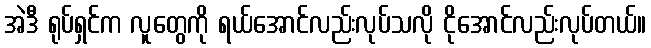
အဲဒီ ရုပ်ရှင်က လူတွေကို ရယ်အောင်လည်းလုပ်သလို ငိုအောင်လည်းလုပ်တယ်။